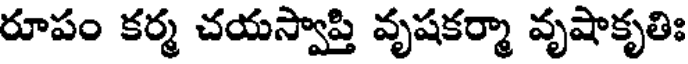
రూపం కర్మ చయస్వాప్తి వృషకర్మా వృషాకృతిః